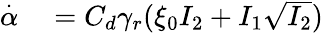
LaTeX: \begin{array}{rl}{\overset{\cdot}{\alpha}}&{{}=C_{d}\gamma_{r}(\xi_{0}I_{2}+I_{1}\sqrt{I_{2}})}\end{array}